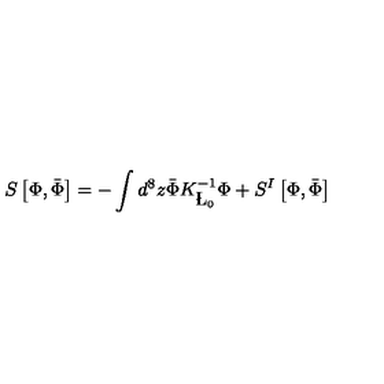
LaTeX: S \left[ \Phi , \bar { \Phi } \right] = - \int d ^ { 8 } z \bar { \Phi } K _ { \L _ { 0 } } ^ { - 1 } \Phi + S ^ { I } \left[ \Phi , \bar { \Phi } \right]